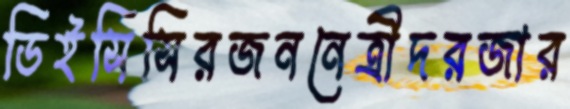
ডিইসিসিরজননেত্রীদরজার